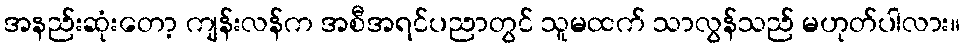
အနည်းဆုံးတော့ ကျန်းလန်က အစီအရင်ပညာတွင် သူမထက် သာလွန်သည် မဟုတ်ပါလား။